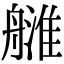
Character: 𦪉